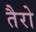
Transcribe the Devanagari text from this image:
तैरो